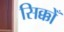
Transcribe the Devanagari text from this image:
सिक्कोँ